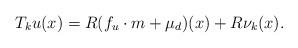
LaTeX: \begin{align*} T_ku(x)=R(f_u\cdot m+\mu_d)(x) +R\nu_k(x).\end{align*}